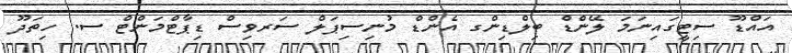
އައްޑޫ ސިޓީގައިނަމަ ލޭންޑް ބިލްޑިންގ އެންޑް މުނިސިޕަލް ސަރވިސް ޑިޕާޓްމަންޓް ސ. ހިތަދޫ